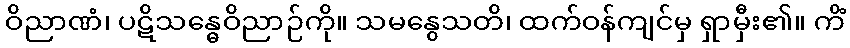
ဝိညာဏံ၊ ပဋိသန္ဓေဝိညာဉ်ကို။ သမနွေသတိ၊ ထက်ဝန်ကျင်မှ ရှာမှီး၏။ ကိံ